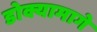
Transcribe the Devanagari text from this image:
डोक्यामागे